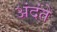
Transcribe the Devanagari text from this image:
अंदंते